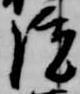
院